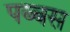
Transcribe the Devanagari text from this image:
पब्बस